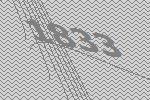
1833